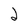
Character: 2